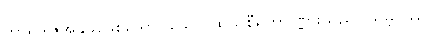
ဘာရဒွါဇအနွယ်ဖြစ်သော။ သော၊ ထိုသုစီရတပုဏ္ဏားသည်။ သမ္ဘဝဿ၊